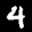
Label: 4